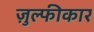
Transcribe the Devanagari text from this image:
ज़ुल्फीकार